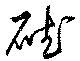
碔